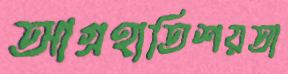
আগ্রহাতিশয়তা